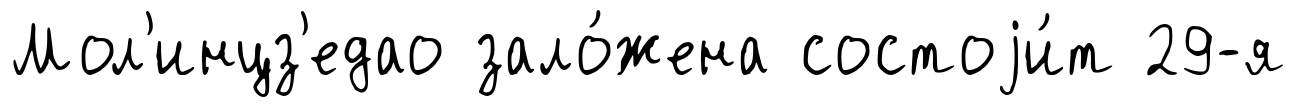
Мол'инцз'едао зало́жена состоjи́т 29-я